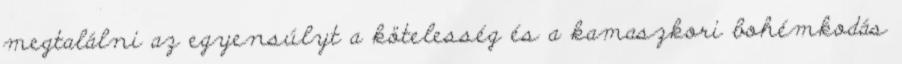
megtalálni az egyensúlyt a kötelesség és a kamaszkori bohémkodás